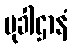
မုခါဌာနံ